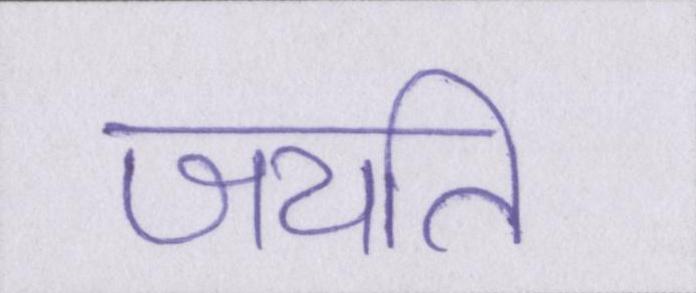
जयति